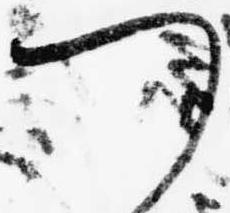
つ